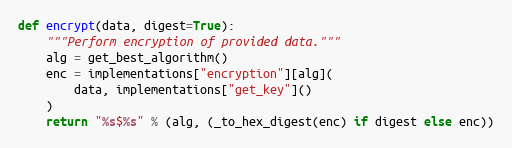
Language: Python
def encrypt(data, digest=True):
    """Perform encryption of provided data."""
    alg = get_best_algorithm()
    enc = implementations["encryption"][alg](
        data, implementations["get_key"]()
    )
    return "%s$%s" % (alg, (_to_hex_digest(enc) if digest else enc))